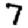
Digit: 7